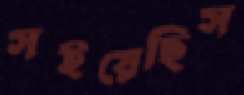
সইয়েছিস